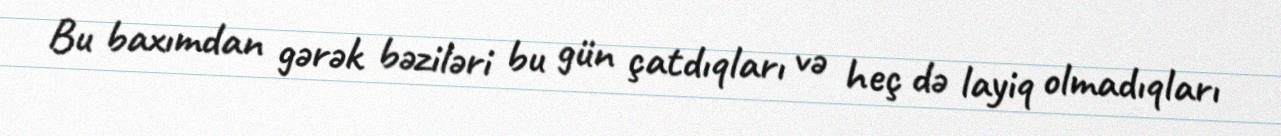
Bu baxımdan gərək bəziləri bu gün çatdıqları və heç də layiq olmadıqları